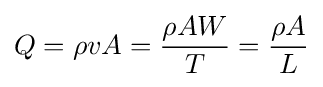
Q=\rho vA={\frac {\rho AW}{T}}={\frac {\rho A}{L}}